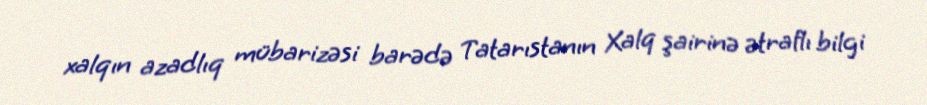
xalqın azadlıq mübarizəsi barədə Tatarıstanın Xalq şairinə ətraflı bilgi